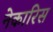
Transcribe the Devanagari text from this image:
नेकारिस